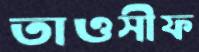
তাওসীফ